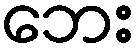
ဘေး